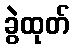
ခွဲထုတ်